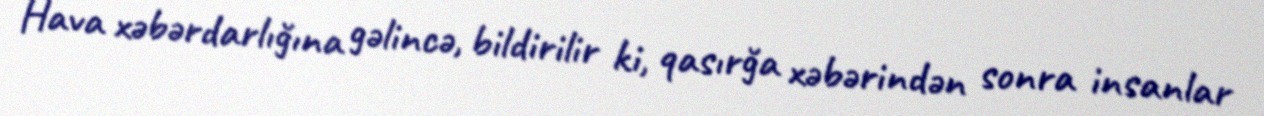
Hava xəbərdarlığına gəlincə, bildirilir ki, qasırğa xəbərindən sonra insanlar